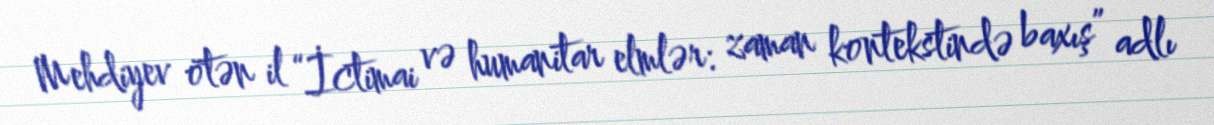
Mehdiyev ötən il “İctimai və humanitar elmlər: zaman kontekstində baxış” adlı